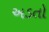
અડતો